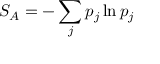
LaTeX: S _ { A } = - \sum _ { j } p _ { j } \ln p _ { j }